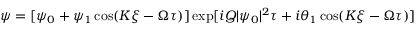
\psi = [ \psi _ { 0 } + \psi _ { 1 } \cos ( K \xi - \Omega \tau ) ] \exp [ i Q | \psi _ { 0 } | ^ { 2 } \tau + i \theta _ { 1 } \cos ( K \xi - \Omega \tau ) ]